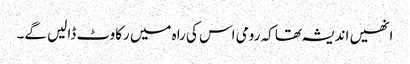
انھیں اندیشہ تھا کہ رومی اس کی راہ میں رکاوٹ ڈالیں گے۔